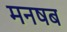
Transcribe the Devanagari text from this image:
मनषब